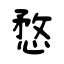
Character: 愗